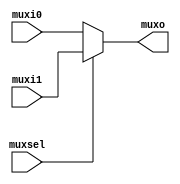
module mux2 (
    muxi0, muxi1, muxo, muxsel
);

input [31:0] muxi0, muxi1;
output [31:0] muxo;
input muxsel;

assign muxo = muxsel ? muxi1 : muxi0;
    
endmodule